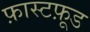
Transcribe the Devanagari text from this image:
फ़ास्टफ़ूड